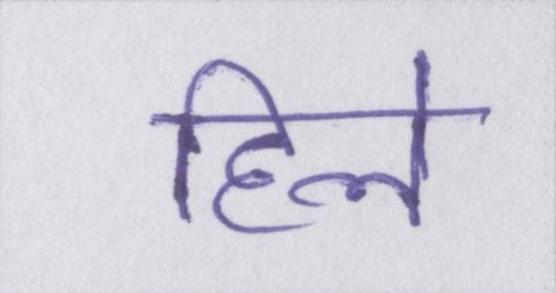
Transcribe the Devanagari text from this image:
हिले